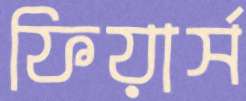
ফিয়ার্স